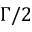
\Gamma / 2